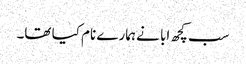
سب کچھ ابا نے ہمارے نام کیا تھا۔